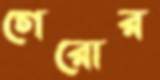
গেরোর